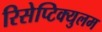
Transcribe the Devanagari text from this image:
रिसेप्टिक्युलम